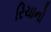
રિચાનો